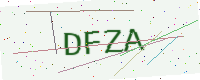
Text: DFZA